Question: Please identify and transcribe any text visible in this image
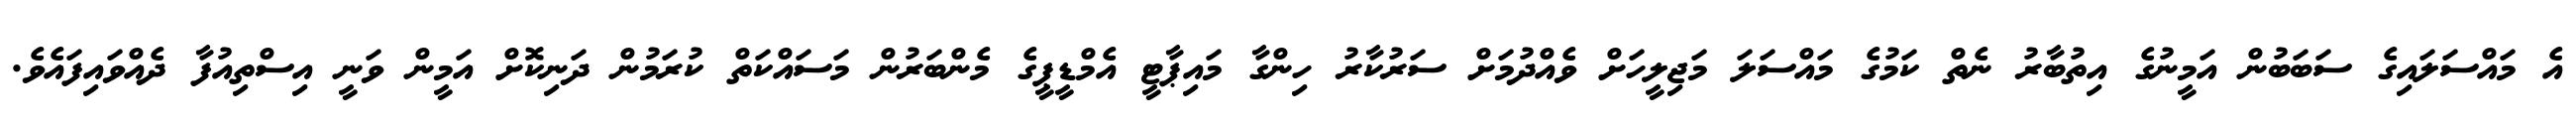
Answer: އެ މައްސަލައިގެ ސަބަބުން އަމީނުގެ އިތުބާރު ނެތް ކަމުގެ މައްސަލަ މަޖިލީހަށް ވެއްދުމަށް ސަރުކާރު ހިންގާ މައިޕާޓީ އެމްޑީޕީގެ މެންބަރުން މަސައްކަތް ކުރަމުން ދަނިކޮށް އަމީން ވަނީ އިސްތިއުފާ ދެއްވައިފައެވެ.